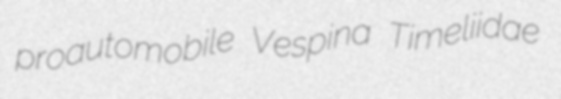
proautomobile Vespina Timeliidae